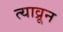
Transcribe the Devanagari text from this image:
त्याव्रून